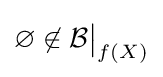
\varnothing \not \in {\mathcal {B}}{\big \vert }_{f(X)}